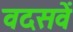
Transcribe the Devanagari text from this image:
वदसवें